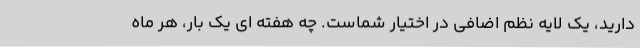
دارید، یک لایه نظم اضافی در اختیار شماست. چه هفته ای یک بار، هر ماه